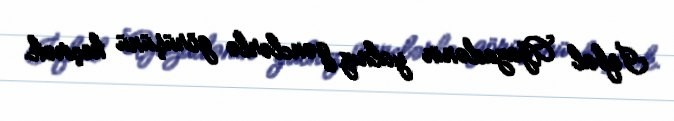
İqbal Ağazadənin yalnız gənclərlə görüşünü keçirək.